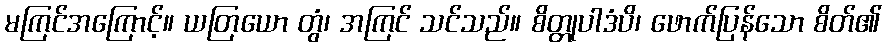
မကြင်အကြောင့်။ ယတြယော တွံ၊ အကြင် သင်သည်။ စိတ္တုပါဒံပိ၊ ဖောက်ပြန်သော စိတ်၏